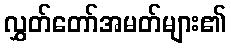
လွှတ်တော်အမတ်များ၏